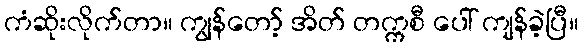
ကံဆိုးလိုက်တာ။ ကျွန်တော့် အိတ် တက္ကစီ ပေါ် ကျန်ခဲ့ပြီ။